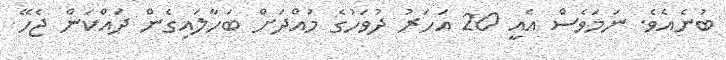
ބުނެއެވެ. ނަމަވެސް އެއީ 20 އަހަރު ދުވަހުގެ މުއްދަަށް ބަހާލައިގެން ދައްކަން ޖެހޭ